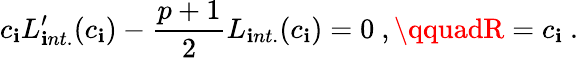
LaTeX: c_{\mathbf{i}}L_{\mathbf{i}nt.}^{\prime}(c_{\mathbf{i}})-{\frac{{p+1}}{{2}}}L_{\mathbf{i}nt.}(c_{\mathbf{i}})=0\ ,\qquadR=c_{\mathbf{i}}\ .